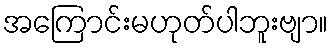
အကြောင်းမဟုတ်ပါဘူးဗျာ။